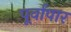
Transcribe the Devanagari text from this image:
पूर्वांपार